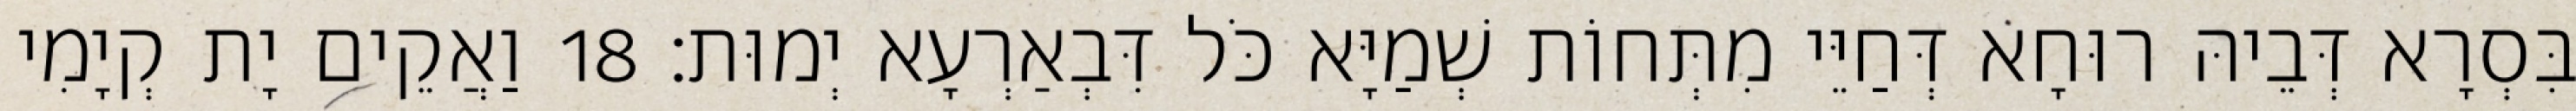
בִּסְרָא דְּבֵיהּ רוּחָא דְּחַיֵּי מִתְּחוֹת שְׁמַיָּא כֹּל דִּבְאַרְעָא יְמוּת׃ 18 וַאֲקֵים יָת קְיָמִי